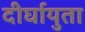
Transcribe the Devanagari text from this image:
दीर्घायुता